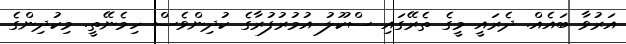
އަރުވާ ބައެއް. ދެރައީ މީގެ ތެރޭގައި ސްކޫލު އުމުރުފުރާގެ ކުދިންވެސް ހިމެނޭތީ. މިކުދިންގެ